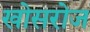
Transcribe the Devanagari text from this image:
खोसरोज